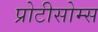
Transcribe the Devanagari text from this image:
प्रोटीसोम्स